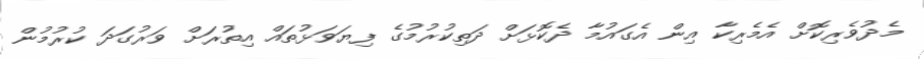
މެދުވެރިކޮށް އެމެރިކާ އިން އެގައުމާ ދެކޮޅަށް ދަތިކުރުމުގެ ފިޔަވަޅުތައް އިތުރަށް ވަރުގަދަ ކުރުމުން